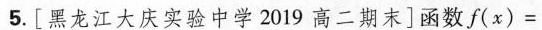
5.[黑龙江大庆实验中学2019高二期末]函数$$ f (x) = $$